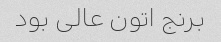
برنج اتون عالی بود